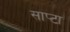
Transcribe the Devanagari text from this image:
साप्टा